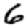
Digit: 6